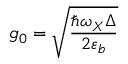
g _ { 0 } = \sqrt { \frac { \hbar \omega _ { X } \Delta } { 2 \varepsilon _ { b } } }